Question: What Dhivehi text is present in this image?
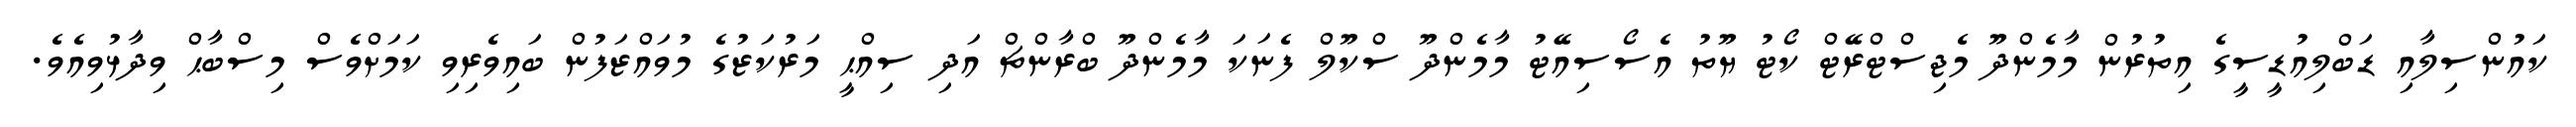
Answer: ކައުންސިލާއި ޑަބްލިއުޑީސީގެ އިތުރުން މާމެންދޫ މެޖިސްޓްރޭޓް ކޯޓު ޔޫތު އެސޯސިއޭޓު މާމެންދޫ ސްކޫލް ފެނަކަ މާމެންދޫ ބްރާންޗް އަދި ސިއްޙީ މަރުކަޒުގެ މުވައްޒަފުން ބައިވެރިވި ކަމަށްވެސް މިސްބާޙް ވިދާޅުވިއެވެ.